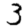
Digit: 3